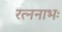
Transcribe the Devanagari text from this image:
रत्ननाभः